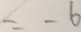
= - 6